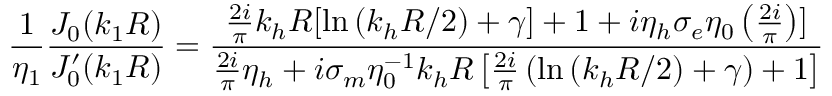
\frac { 1 } { \eta _ { 1 } } \frac { J _ { 0 } ( k _ { 1 } R ) } { J _ { 0 } ^ { \prime } ( k _ { 1 } R ) } = \frac { \frac { 2 i } { \pi } k _ { h } R [ \ln { ( k _ { h } R / 2 ) + \gamma ] + 1 + i \eta _ { h } \sigma _ { e } \eta _ { 0 } \left( \frac { 2 i } { \pi } \right) } ] } { \frac { 2 i } { \pi } \eta _ { h } + i \sigma _ { m } \eta _ { 0 } ^ { - 1 } k _ { h } R \left[ \frac { 2 i } { \pi } \left( \ln { ( k _ { h } R / 2 ) + \gamma } \right) + 1 \right] }